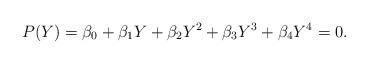
LaTeX: \begin{align*}P(Y)=\beta_{0}+\beta_{1}Y+\beta_{2}Y^{2}+\beta_{3}Y^{3}+\beta_{4}Y^{4}=0.\end{align*}